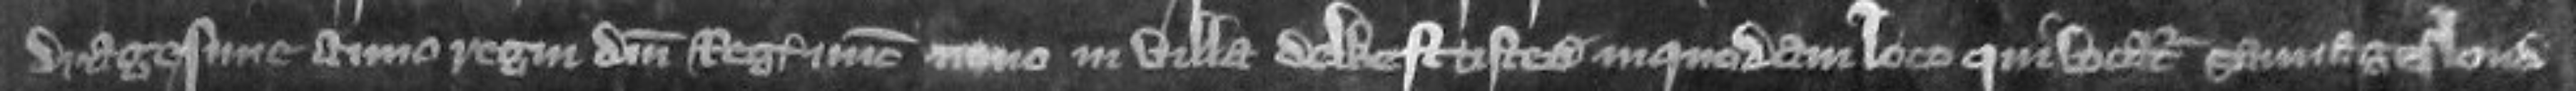
dragesime anno regni domini regis nunc nono in villa de Westtisted in quodam loco qui vocatur Sauvageslond